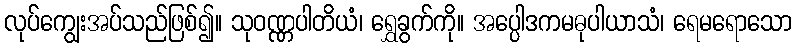
လုပ်ကျွေးအပ်သည်ဖြစ်၍။ သုဝဏ္ဏပါတိယံ၊ ရွှေခွက်ကို။ အပ္ပေါဒကမဓုပါယာသံ၊ ရေမရောသော